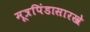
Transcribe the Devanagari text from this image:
मूत्रपिंडासारखे